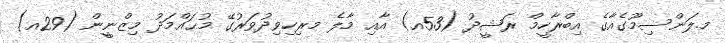
މ.ލަންސިމޫގެއާގެ އިބްރާހީމް ރަޝީދު (53އ) އާއި މާލެ މރިހިވިދުވަރުގޭ މުޙައްމަދު މިޒްނީީން (29އ)